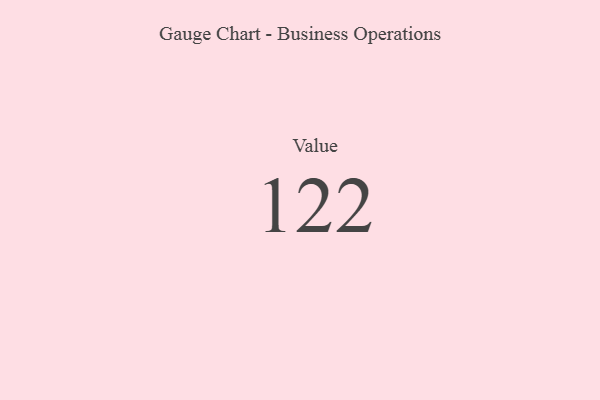
{"axis": {"x": "Metric", "y": "Value"}, "legend": [""], "data": [{"x": "Value", "y": 122, "type": ""}]}